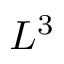
L ^ { 3 }